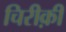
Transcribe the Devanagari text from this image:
चिरीक़ी